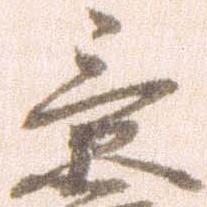
景